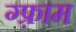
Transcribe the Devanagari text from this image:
ग्फ़्राम